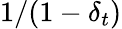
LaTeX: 1/(1-\delta_{t})